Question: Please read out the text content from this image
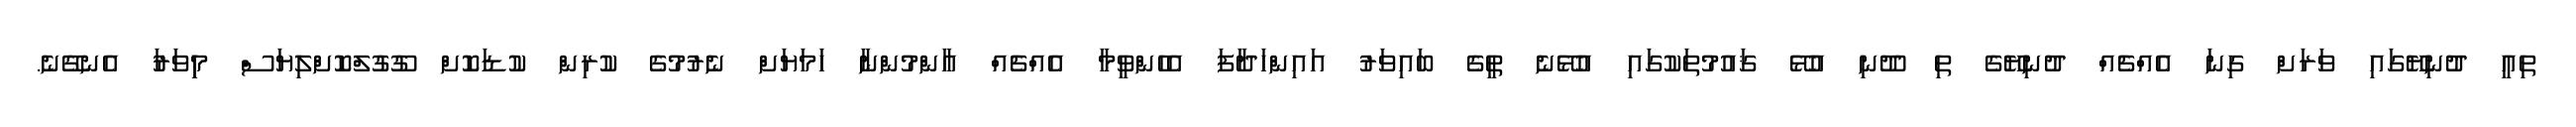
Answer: ތިއީ ދުނިޔޭގައި ވަރަށް ގިނަ އެއްޗެއް ދުނިޔޭގެ ތި ދޫނި އުޅޭ ޤައުމުތަކުގައި އުޅޭނެ ތީގެ ބައިވަރު އައިންހަދާފަ އެހެންވީމާ އެއްޗެއް އާންމުންނާ ހަމަޔަށް ނެރުމުގެ ކުރިން ކުޑަކޮށް ގޫގުލްކޮށްލިޔަސް މިިވަރަު އެނގޭނެ.